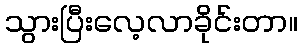
သွားပြီးလေ့လာခိုင်းတာ။